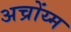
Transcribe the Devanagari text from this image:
अच्रोंय्म